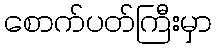
စောက်ပတ်ကြီးမှာ